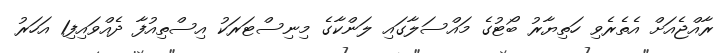
ރާއްޖެއަށް އެތެރެވި ހަތިޔާރު ބޯޓުގެ މައްސަލާގައި ލަންކާގެ މިނިސްޓަރަކު އިސްތިއުފާ ދެއްވައިފި1 އަހަރު